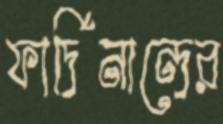
ফার্দিনান্দের